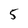
Character: 5